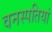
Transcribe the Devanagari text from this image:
वनस्‍पतियां